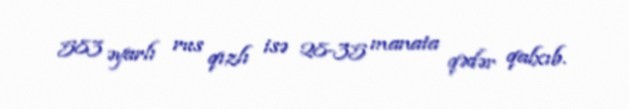
583 əyarlı rus qızlı isə 28-35 manata qədər qalxıb.